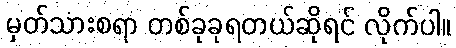
မှတ်သားစရာ တစ်ခုခုရတယ်ဆိုရင် လိုက်ပါ။